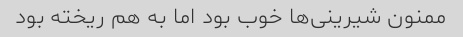
ممنون شیرینی‌ها خوب بود اما به هم ریخته بود